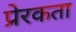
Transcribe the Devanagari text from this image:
प्रेरकता